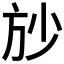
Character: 𱡱